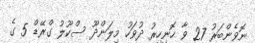
ނޮވެންބަރު 27 ވާ ހޮނިހިރު ދުވަހު މިލަންދޫ ސްކޫލު ގްރޭޑް 5 ގެ